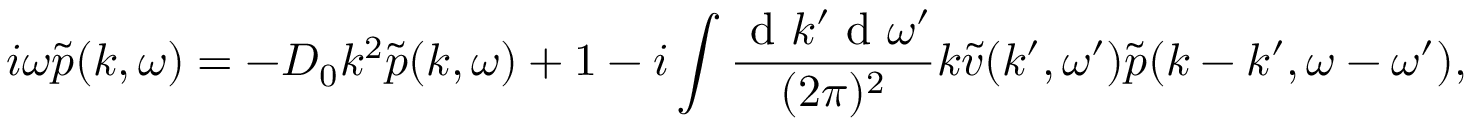
i \omega \tilde { p } ( k , \omega ) = - D _ { 0 } k ^ { 2 } \tilde { p } ( k , \omega ) + 1 - i \int \frac { \mathrm { ~ d ~ } k ^ { \prime } \mathrm { ~ d ~ } \omega ^ { \prime } } { ( 2 \pi ) ^ { 2 } } k \tilde { v } ( k ^ { \prime } , \omega ^ { \prime } ) \tilde { p } ( k - k ^ { \prime } , \omega - \omega ^ { \prime } ) ,